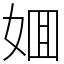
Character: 𡜼